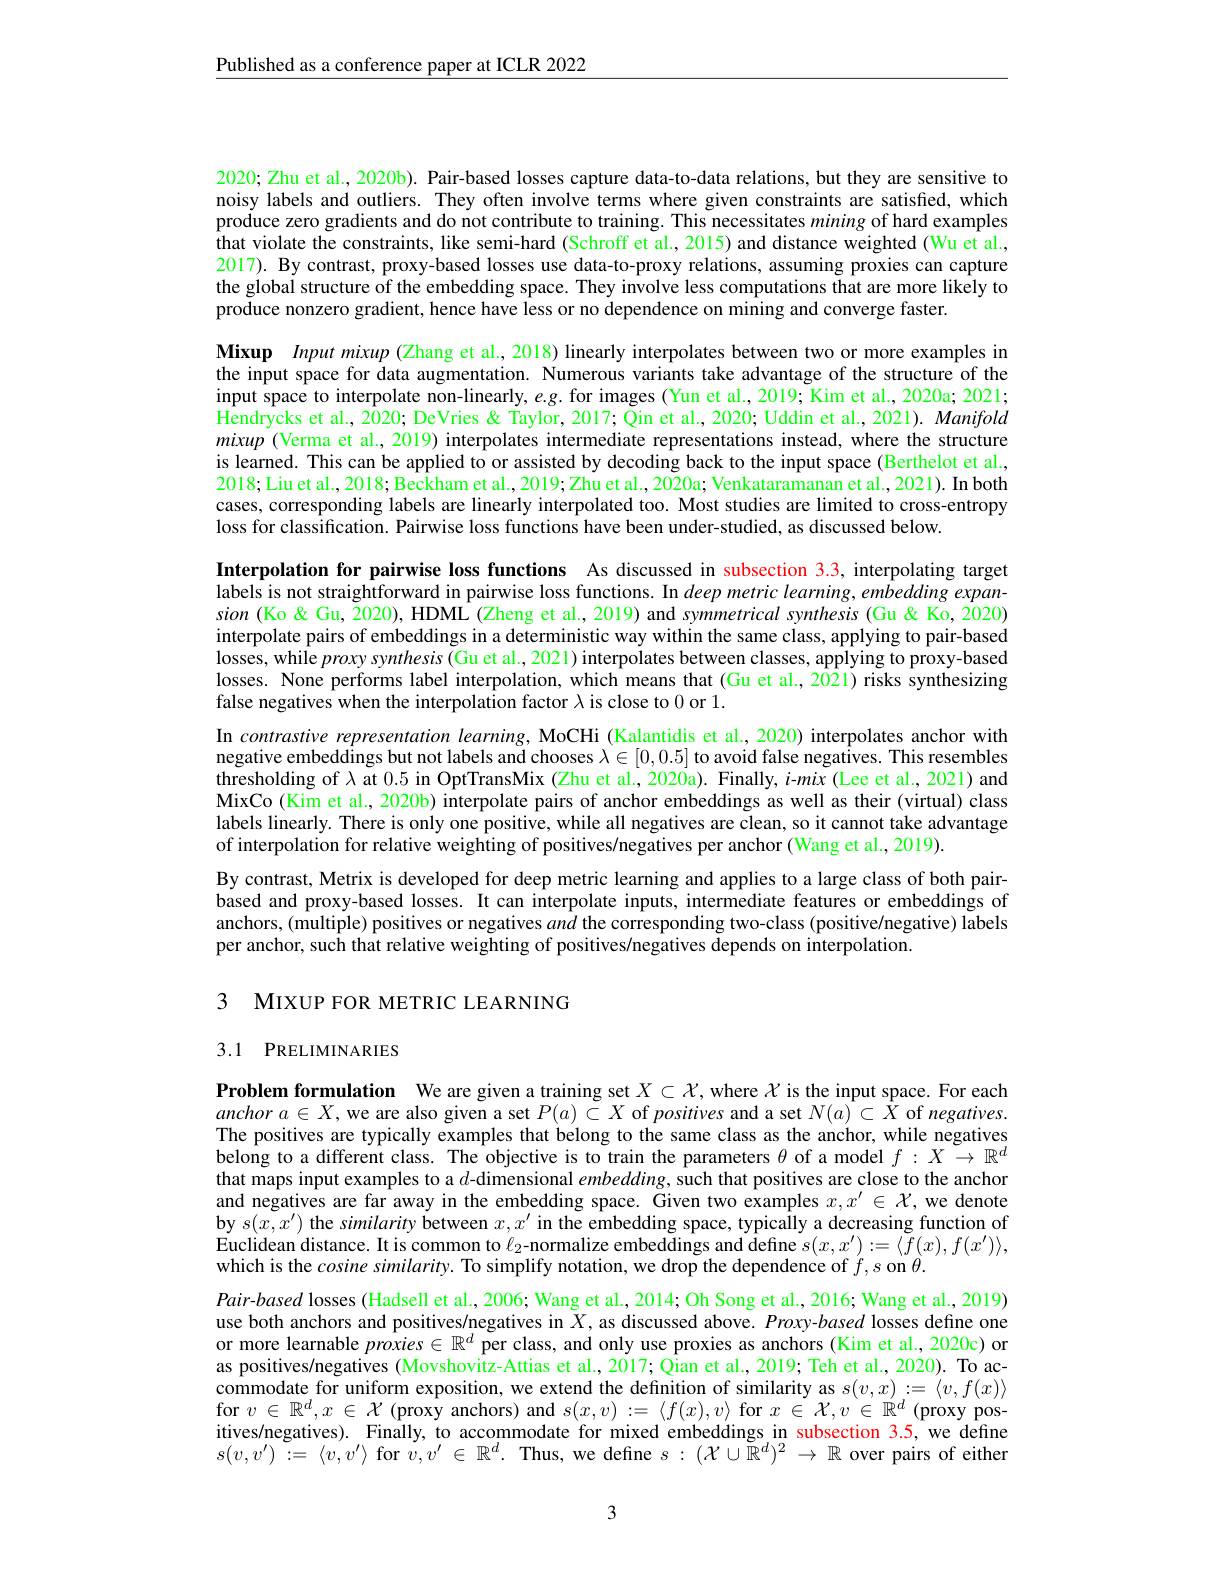
Published as a conference paper at ICLR 2022

2020; Zhu et al., 2020b). Pair-based losses capture data-to-data relations, but they are sensitive to noisy labels and outliers. They often involve terms where given constraints are satisfied, which produce zero gradients and do not contribute to training. This necessitates mining of hard examples that violate the constraints, like semi-hard (Schroff et al., 2015) and distance weighted (Wu et al., 2017). By contrast, proxy-based losses use data-to-proxy relations, assuming proxies can capture the global structure of the embedding space. They involve less computations that are more likely to produce nonzero gradient, hence have less or no dependence on mining and converge faster.

Mixup Input mixup (Zhang et al., 2018) linearly interpolates between two or more examples in the input space for data augmentation. Numerous variants take advantage of the structure of the input space to interpolate non-linearly, $e.g.$ for images (Yun et al., 2019; Kim et al., 2020a; 2021; $\hat{\text{Hendrycks et al., 2020; DeVries Taylor, 2017; Qin et al., 2020; Uddin et al., 2021). Manifold}}$ mixup (Verma et al., 2019) interpolates intermediate representations instead, where the structure is learned. This can be applied to or assisted by decoding back to the input space (Berthelot et al., 2018; Liu et al., 2018; Beckham et al., 2019; Zhu et al., 2020a; Venkataramanan et al., 2021). In both cases, corresponding labels are linearly interpolated too. Most studies are limited to cross-entropy loss for classification. Pairwise loss functions have been under-studied, as discussed below.

Interpolation for pairwise loss functions As discussed in subsection 3.3, interpolating target labels is not straightforward in pairwise loss functions. In deep metric learning, embedding expansion (Ko&Gu, 2020), HDML (Zheng et al., 2019) and symmetrical synthesis (Gu&Ko, 2020) interpolate pairs of embeddings in a deterministic way within the same class, applying to pair-based losses, while proxy synthesis (Gu et al., 2021) interpolates between classes, applying to proxy-based losses. None performs label interpolation, which means that (Gu et al., 2021) risks synthesizing false negatives when the interpolation factor $\lambda$ is close to 0 or 1.
In contrastive representation learning, MoCHi (Kalantidis et al., 2020) interpolates anchor with negative embeddings but not labels and chooses $\lambda\in[0,0.5]$ to avoid false negatives. This resembles thresholding of $\lambda$ at 0.5 in OptTransMix (Zhu et al., 2020a). Finally, i-mix (Lee et al., 2021) and MixCo (Kim et al., 2020b) interpolate pairs of anchor embeddings as well as their (virtual) class labels linearly. There is only one positive, while all negatives are clean, so it cannot take advantage of interpolation for relative weighting of positives/negatives per anchor (Wang et al., 2019).
By contrast, Metrix is developed for deep metric learning and applies to a large class of both pairbased and proxy-based losses. It can interpolate inputs, intermediate features or embeddings of anchors, (multiple) positives or negatives $an\hat{d}$ the corresponding two-class (positive/negative) lăbels per anchor, such that relative weighting of positives/negatives depends on interpolation.

3 MIXUP FOR METRIC LEARNING

## 3.1 PRELIMINARIES

Problem formulation We are given a training set $X\subset\mathcal{X}$,where $\mathcal{X}$ is the input space. For each $anchora\in X$, we are also given a set $P(a)\subset X$ of positives and a set $N(a)\subset X$ of negatives. The positives are typically examples that belong to the same class as the anchor, while negatives belong to a different class. The objective is to train the parameters $\theta$ of a model $f:X\to\mathbb{R}^d$ that maps input examples to a $d$-dimensional $embedding$, such that positives are close to the anchor and negatives are far away in the embedding space. Given two examples $x,x^\prime\in\mathcal{X}$, we denote by $s(x,x^{\prime})$ the similarity between $x,x^\prime$ in the embedding space, typically a decreasing function of Euclidean distance. It is common to $\ell_2$-normalize embeddings and define $s(x,x^{\prime}):=\langle f(x),f(x^{\prime})\rangle$, which is the cosine similarity. To simplify notation, we drop the dependence of $f,s$ on $\theta$
Pair-based losses (Hadsell et al., 2006; Wang et al., 2014; Oh Song et al., 2016; Wang et al., 2019) use both anchors and positives/negatives in $X$, as discussed above. Proxy-based losses define one or more learnable $pro\hat{xies}\in\mathbb{R}^d$ per class, and only use proxies as anchors (Kim et al., 2020c) or as positives/negatives (Movshovitz-Attias et al., 2017; Qian et al., 2019; Teh et al., 2020). To accommodate for uniform exposition, we extend the definition of similarity as $s(v,x):=\langle v,f(x)\rangle$ $\begin{array}{l}{\mathrm{for~}v\in\mathbb{R}^{d},x\in\mathcal{X}\text{ (proxy anchors) and }s(x,v):=\langle f(x),v\rangle\mathrm{~for~}x\in\mathcal{X},v\in\mathbb{R}^{d}\text{ (proxy pos-}\\{\mathrm{itives/negatives).~Finally,~to~accommodate~for~mixed~embeddings~in~subsection~3.5,~we~define}}{array}}\\{\mathrm{itives/negatives).~Finally,~to~accommodate~for~}}\end{array}$ $s(v,v^{\prime}):=\langle v,v^{\prime}\rangle$ for $v,v^\prime\in\mathbb{R}^d.$ Thus, we define $s:(\mathcal{X}\cup\check{\mathbb{R}}^d)^2\to\mathbb{R}$ over pairs of either

3